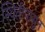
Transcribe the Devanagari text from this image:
स्थितीपासून